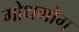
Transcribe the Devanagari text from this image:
गोथमोग